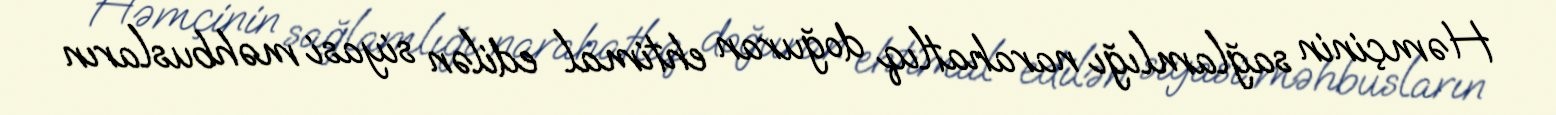
Həmçinin sağlamlığı narahatlıq doğuran ehtimal edilən siyasi məhbusların